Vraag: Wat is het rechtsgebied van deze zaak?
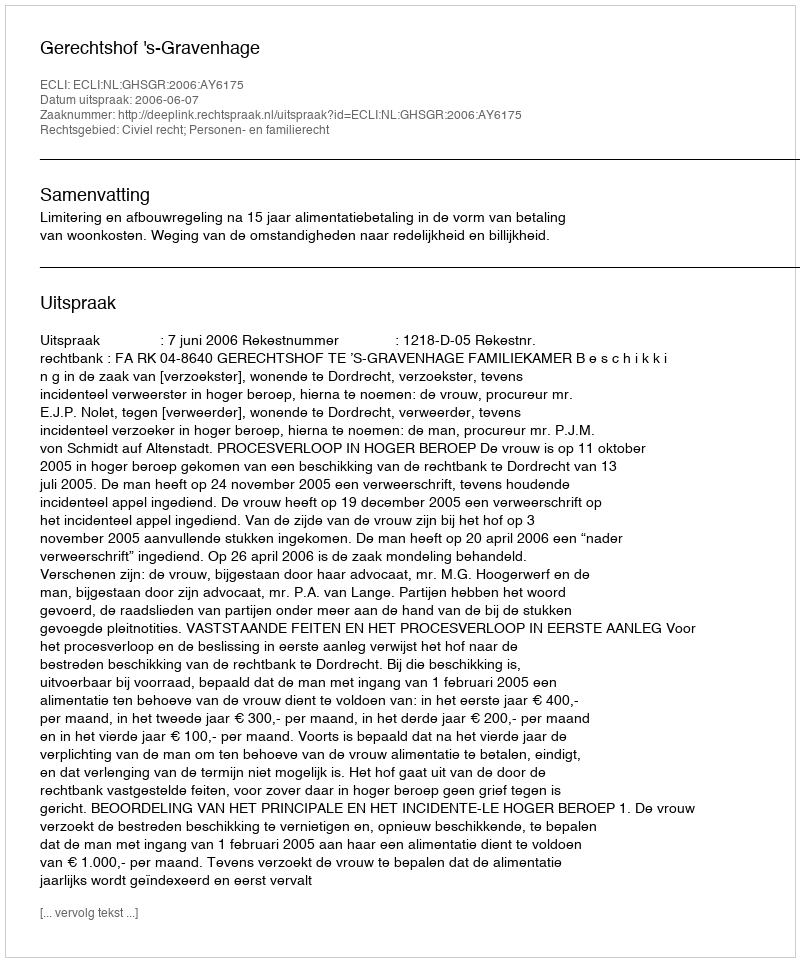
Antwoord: Civiel recht; Personen- en familierecht